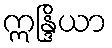
ဣန္ဒြိယာ